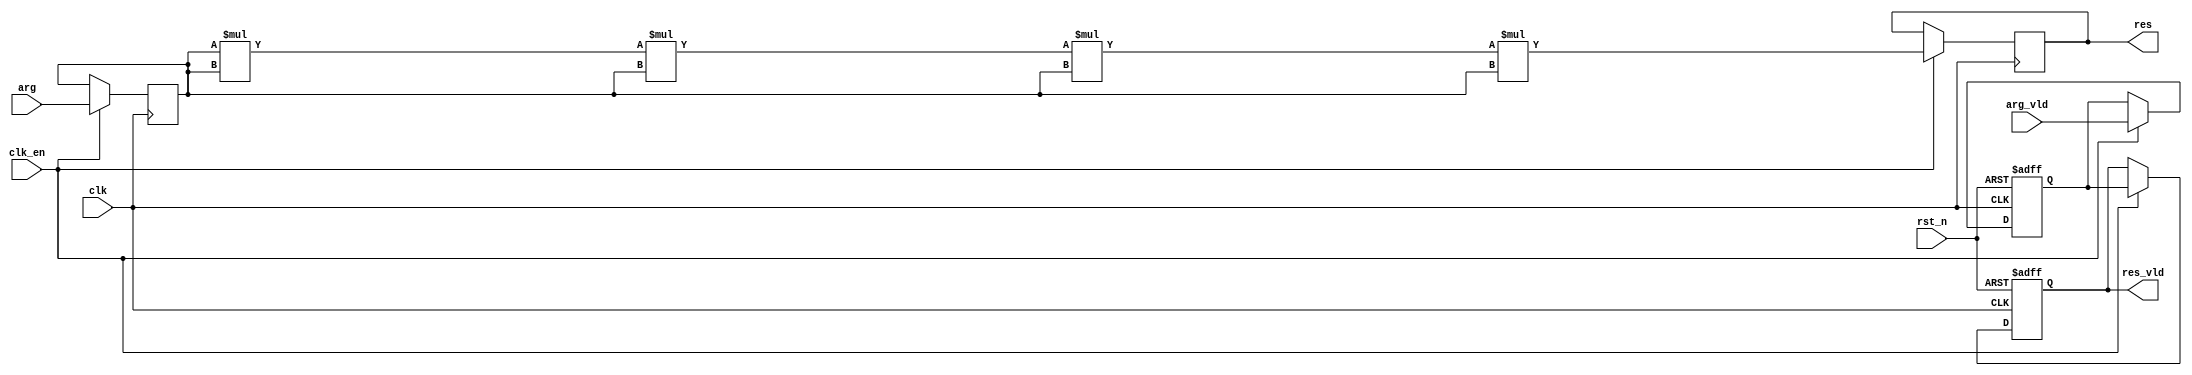
module pow_5_en_single_cycle_always
# (
    parameter w = 8
)
(
    input                clk,
    input                rst_n,
    input                clk_en,
    input                arg_vld,
    input      [w - 1:0] arg,
    output reg           res_vld,
    output reg [w - 1:0] res
);

    reg           arg_vld_q;
    reg [w - 1:0] arg_q;

    always @ (posedge clk or negedge rst_n)
        if (! rst_n)
            arg_vld_q <= 1'b0;
        else if (clk_en)
            arg_vld_q <= arg_vld;
    
    always @ (posedge clk)
        if (clk_en)
            arg_q <= arg;

    wire           res_vld_d = arg_vld_q;
    wire [w - 1:0] res_d     = arg_q  * arg_q * arg_q * arg_q * arg_q;

    always @ (posedge clk or negedge rst_n)
        if (! rst_n)
            res_vld <= 1'b0;
        else if (clk_en)
            res_vld <= res_vld_d;

    always @ (posedge clk)
        if (clk_en)
            res <= res_d;

endmodule